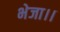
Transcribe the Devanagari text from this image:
भेजा।।